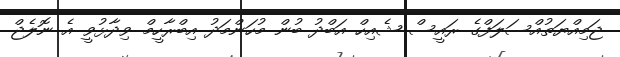
ޖަމިއްޔަތުއްސަލަފްގެ ރައީސް ޝެއިހް އަބްދު ބުން މުހަންމަދު އިބްރާހީމް ވިދާޅުވީ އެ ނޮލެޖް